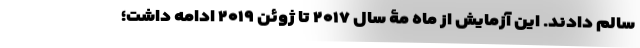
سالم دادند. این آزمایش از ماه مۀ سال ۲۰۱۷ تا ژوئن ۲۰۱۹ ادامه داشت؛